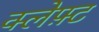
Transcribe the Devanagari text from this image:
क्लेफ़्ट